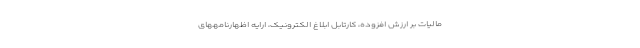
مالیات بر ارزش افزوده، کارتابل ابلاغ الکترونیک، ارایه اظهارنامههای